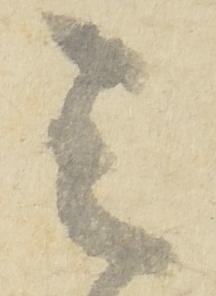
令